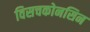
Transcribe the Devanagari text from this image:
विसचकोनसिन